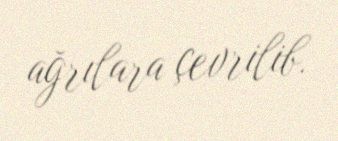
ağrılara çevrilib.